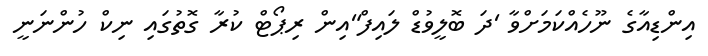
އިންޑިއާގެ ނޫހެއްކަމަށްވާ 'ދަ ބޮލީވުޑް ލައިފް"އިން ރިޕޯޓް ކުރާ ގޮތުގައި ނިކް ހުންނަނީ